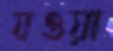
যওয়া